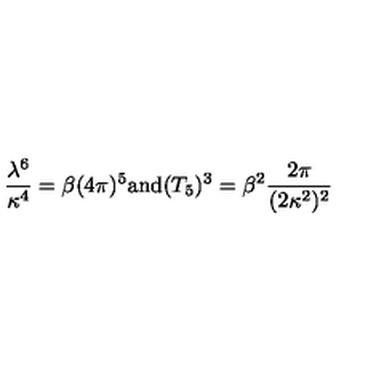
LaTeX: \frac { \lambda ^ { 6 } } { \kappa ^ { 4 } } = \beta ( 4 \pi ) ^ { 5 } \mathrm { a n d } ( T _ { 5 } ) ^ { 3 } = \beta ^ { 2 } \frac { 2 \pi } { ( 2 \kappa ^ { 2 } ) ^ { 2 } }